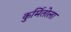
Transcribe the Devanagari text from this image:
कुर्मितोला